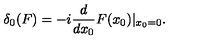
\delta _ { 0 } ( F ) = - i { \frac { d } { d x _ { 0 } } } F ( x _ { 0 } ) \vert _ { x _ { 0 } = 0 } .